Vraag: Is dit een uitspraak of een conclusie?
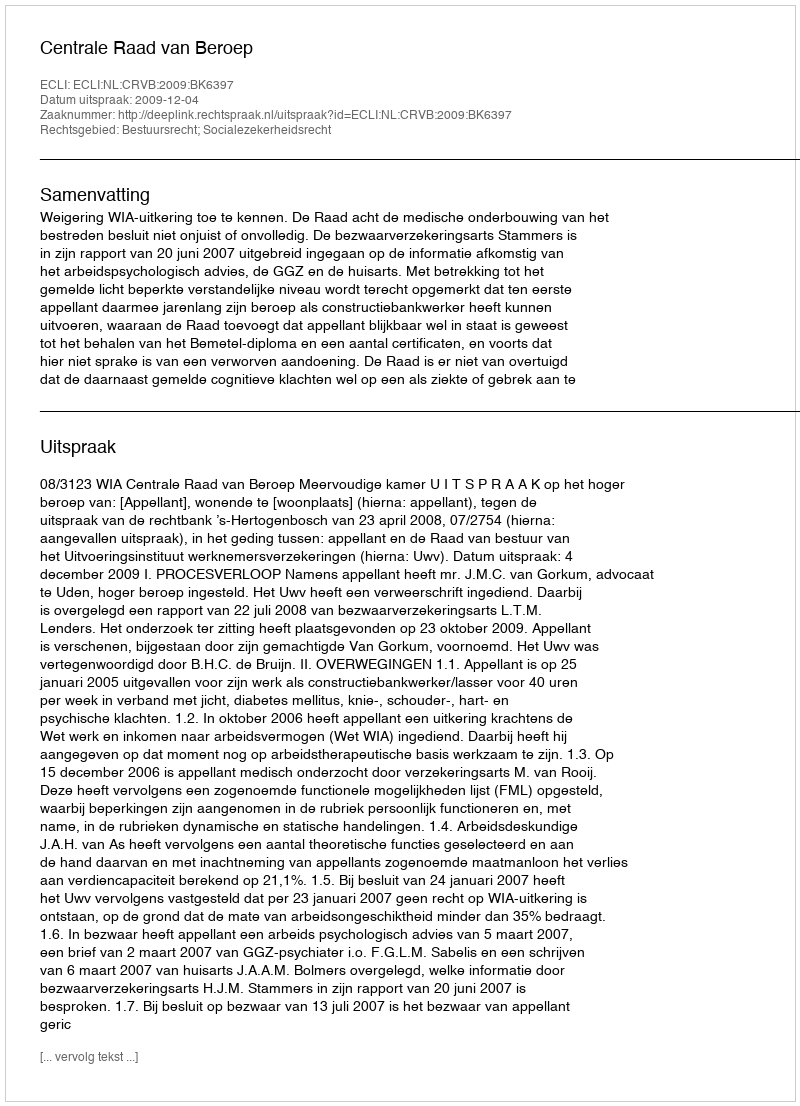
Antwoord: Uitspraak